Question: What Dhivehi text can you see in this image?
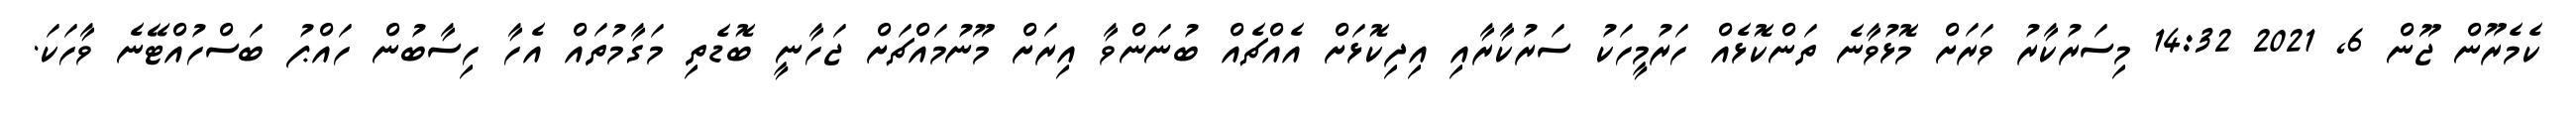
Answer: ކެމެރޫން ޖޫން 6, 2021 14:32 މިސަރުކާރު ވަރަށް މޮޅުވާނެ ތަންކޮޅެއް ހަރުމީހަކު ސަރުކާރާއި އިދިކޮޅަށް އެއްޗެއް ބުނަންވާ އިރަށް މޫނުމައްޗަށް ޖަހާނީ ބޮޑެތި މަގާމުތައް އެހާ ހިސާބުން ހައްޕު ބަސްހުއްޓޭނެ ވާހަކަ.